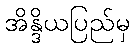
အိန္ဒိယပြည်မှ